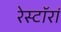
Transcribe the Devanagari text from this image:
रेस्टॉरां